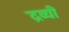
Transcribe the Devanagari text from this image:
द्रव्यी